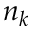
n _ { k }